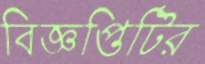
বিজ্ঞপ্তিটির